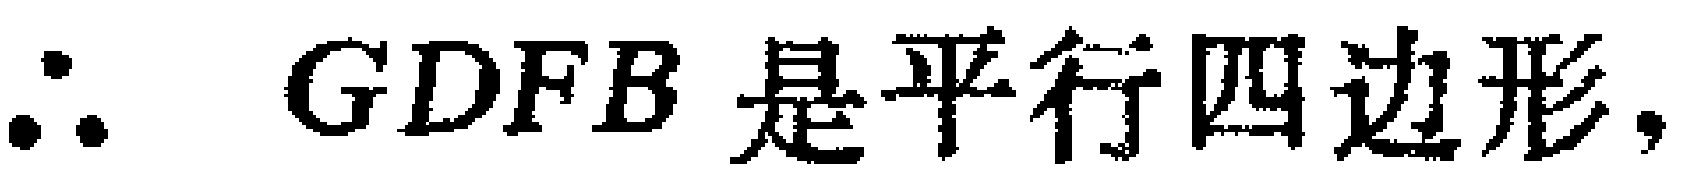
$\therefore\ GDFB\ 是平行四边形,$